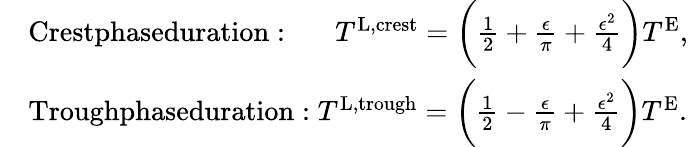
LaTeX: \begin{array}{rl}&{\textnormal{Crestphaseduration}:\, \, \, \, \, \, \, \, \, T^{\textnormal{L},\textnormal{crest}}=\bigg(\frac{1}{2}+\frac{\epsilon}{\pi}+\frac{\epsilon^{2}}{4}\bigg)T^{\textnormal{E}},}\\ &{\textnormal{Troughphaseduration}:T^{\textnormal{L},\textnormal{trough}}=\bigg(\frac{1}{2}-\frac{\epsilon}{\pi}+\frac{\epsilon^{2}}{4}\bigg)T^{\textnormal{E}}.}\end{array}